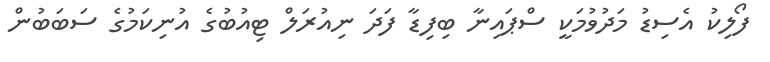
ފޯލިކު އެސިޑު މަދުވުމަކީ ސްޕައިނާ ބިފިޑާ ފަދަ ނިއުރަލް ޓިއުބުގެ އުނިކަމުގެ ސަބަބުން